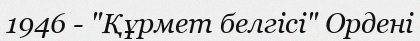
1946 - "Құрмет белгісі" Ордені